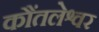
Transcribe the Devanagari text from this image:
कौंतलेश्वर